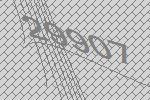
29907